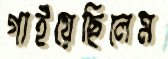
গাইয়েছিলেম